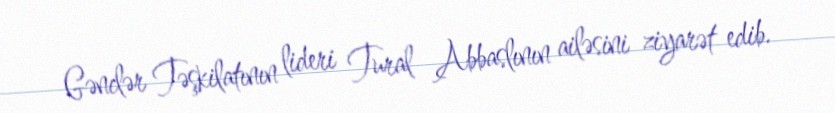
Gənclər Təşkilatının lideri Tural Abbaslının ailəsini ziyarət edib.